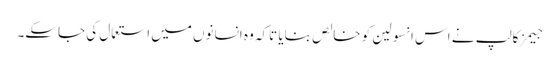
جیمز کالپ نے اس انسولین کو خالص بنایا تاکہ وہ انسانوں‌ میں‌ استعمال کی جاسکے۔